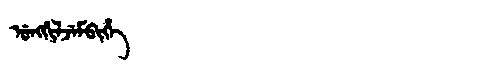
Manchu: ᡠᠩᡤᡳᠯᠵᡝᠮᠪᡳᡥᡝ
Romanization: UNGGILJEMBIHE